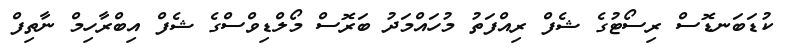
ކުޑަބަނޑޮސް ރިސޯޓުގެ ޝެފް ރިއްފަތު މުހައްމަދު ބަރޮސް މޯލްޑިވްސްގެ ޝެފް އިބްރާހިމް ނާތިފް